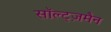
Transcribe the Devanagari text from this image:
सॉल्ट्ज़मैन